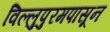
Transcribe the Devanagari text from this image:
विल्लुपुरमपासून